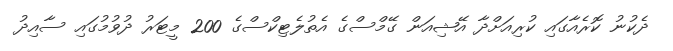
ދެކުނު ކޮރެއާގައި ކުރިއަށްދާ އޭޝިއަން ގޭމްސްގެ އެތުލެޓިކްސްގެ 200 މީޓަރު ދުވުމުގައި ސާއިދު